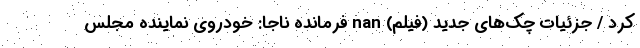
کرد / جزئیات چک‌های جدید (فیلم) nan فرمانده ناجا: خودروی نماینده مجلس